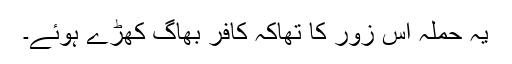
یہ حملہ اس زور کا تھاکہ کافر بھاگ کھڑے ہوئے۔